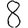
Digit: 8